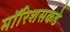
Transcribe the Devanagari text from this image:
मॉरिशसकडे